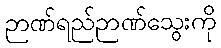
ဉာဏ်ရည်ဉာဏ်သွေးကို